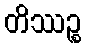
တိဿဉ္စ